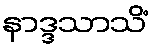
နာဒ္ဒသာသိံ